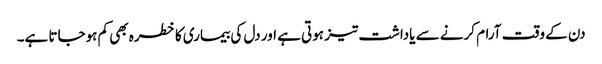
دن کے وقت آرام کرنے سے یاداشت تیز ہوتی ہے اور دل کی بیماری کا خطرہ بھی کم ہوجاتا ہے۔